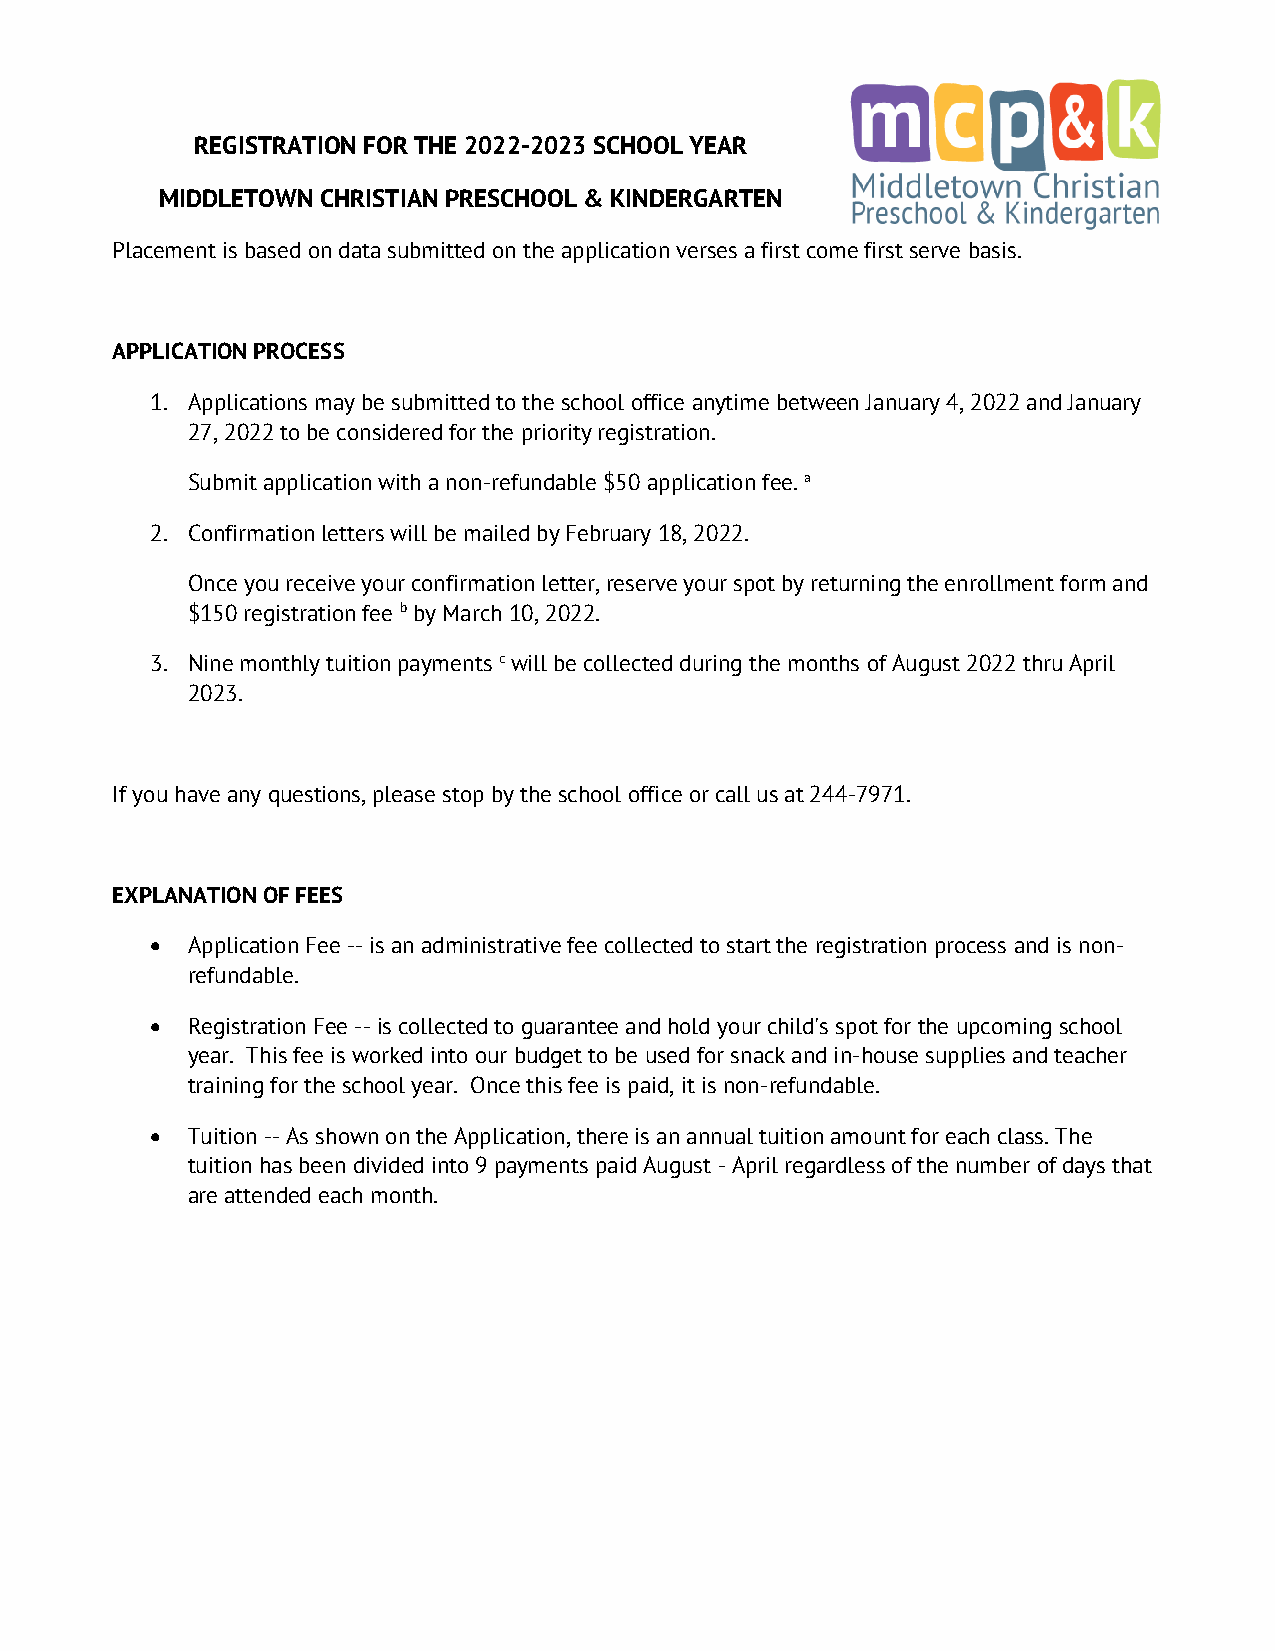
REGISTRATION FOR THE 2022-2023 SCHOOL YEAR
 MIDDLETOWN CHRISTIAN PRESCHOOL & KINDERGARTEN
 Placement is based on data submitted on the application verses a first come first serve basis.
 APPLICATION PROCESS
 1. Applications may be submitted to the school office anytime between January 4, 2022 and January
 27, 2022 to be considered for the priority registration.
 Submit application with a non-refundable $50 application fee. a
 2. Confirmation letters will be mailed by February 18, 2022.
 Once you receive your confirmation letter, reserve your spot by returning the enrollment form and
 $150 registration fee b by March 10, 2022.
 3. Nine monthly tuition payments c will be collected during the months of August 2022 thru April
 2023.
 If you have any questions, please stop by the school office or call us at 244-7971.
 EXPLANATION OF FEES
 • Application Fee -- is an administrative fee collected to start the registration process and is non-
 refundable.
 • Registration Fee -- is collected to guarantee and hold your child's spot for the upcoming school
 year. This fee is worked into our budget to be used for snack and in-house supplies and teacher
 training for the school year. Once this fee is paid, it is non-refundable.
 • Tuition -- As shown on the Application, there is an annual tuition amount for each class. The
 tuition has been divided into 9 payments paid August - April regardless of the number of days that
 are attended each month.